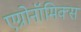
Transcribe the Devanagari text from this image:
एग्रोनॉमिक्स